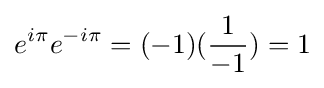
e^{i\pi }e^{-i\pi }=(-1)({\frac {1}{-1}})=1